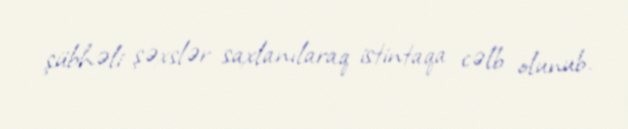
şübhəli şəxslər saxlanılaraq istintaqa cəlb olunub.